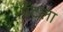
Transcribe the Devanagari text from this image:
पँटला